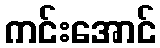
ကင်းအောင်